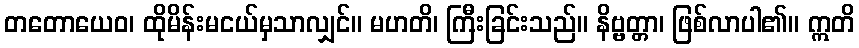
တတောယေဝ၊ ထိုမိန်းမငယ်မှသာလျှင်။ မဟတိ၊ ကြီးခြင်းသည်။ နိဗ္ဗတ္တာ၊ ဖြစ်လာပါ၏။ ဣတိ